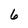
Character: 6